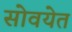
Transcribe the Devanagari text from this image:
सोवयेत